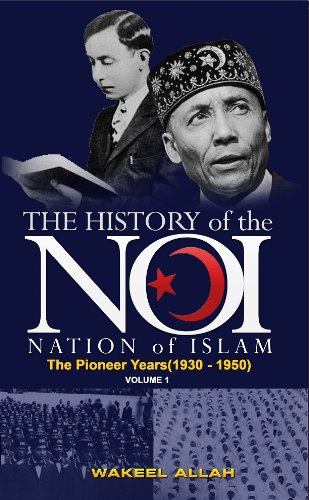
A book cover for The History of the Nation of Islam Vol. 1: The Pioneer Years (1930-1950); Wakeel Allah; Religion & Spirituality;